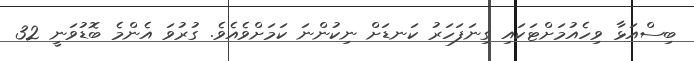
ބިސްއަޅާ ވިހެއުމަށްޓަކައި ގިނަފަހަރު ކަނޑަށް ނިކުންނަ ކަމަށްވެއެެވެ. ގުރުވަ އެންމެ ބޮޑުވަނީ 32